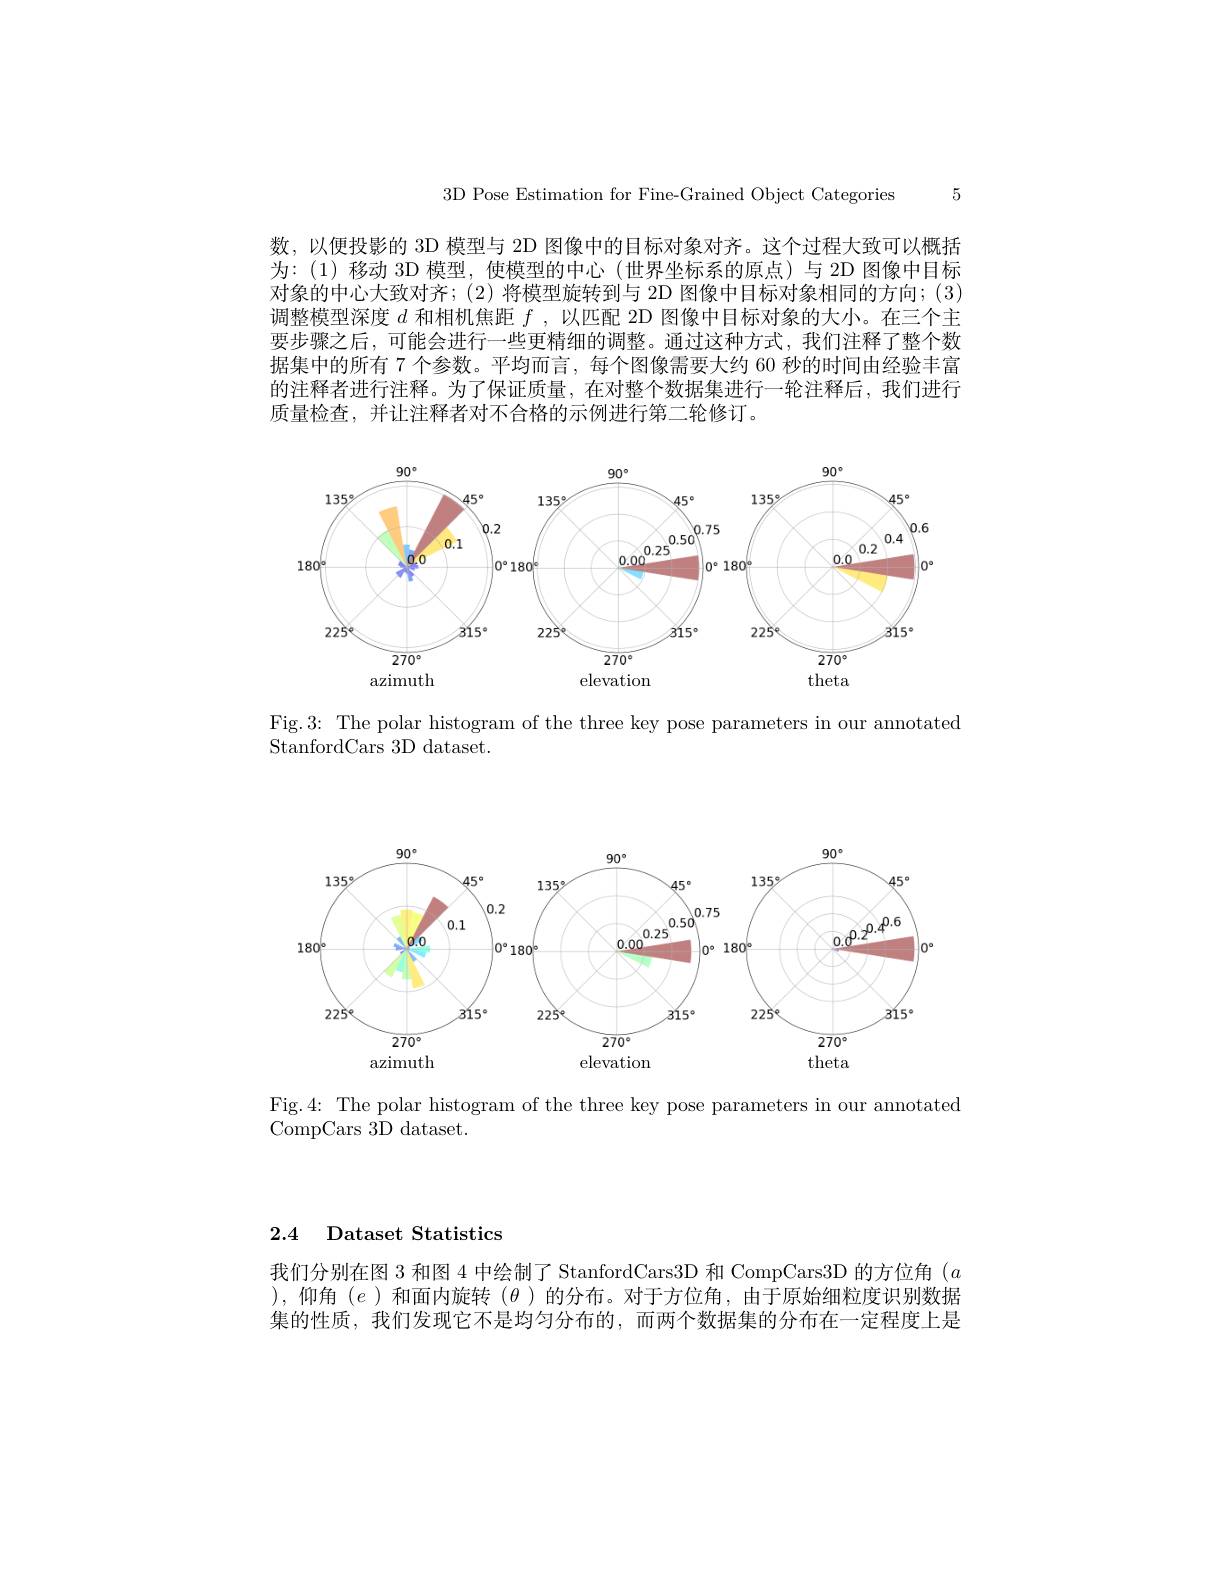
3D Pose Estimation for Fine-Grained Object Categories 5

数，以便投影的 3D 模型与 2D 图像中的目标对象对齐。这个过程大致可以概括为：(1)移动 3D 模型，使模型的中心(世界坐标系的原点)与 2D 图像中目标对象的中心大致对齐；(2)将模型旋转到与 2D 图像中目标对象相同的方向；(3) 调整模型深度$d$和相机焦距$f$ ,以匹配 2D 图像中目标对象的大小。在三个主要步骤之后，可能会进行一些更精细的调整。通过这种方式，我们注释了整个数据集中的所有 7 个参数。平均而言，每个图像需要大约 60 秒的时间由经验丰富的注释者进行注释。为了保证质量，在对整个数据集进行一轮注释后，我们进行质量检查，并让注释者对不合格的示例进行第二轮修订。

<FigureHere>

Fig.3: The polar histogram of the three key pose parameters in our annotated
StanfordCars 3D dataset.

<FigureHere>

Fig.4: The polar histogram of the three key pose parameters in our annotated
CompCars 3D dataset.

2.4 Dataset Statistics

我们分别在图 3 和图 4 中绘制了 StanfordCars3D 和 CompCars3D 的方位角$(a$ ),仰角(e)和面内旋转($\theta)的分布。对于方位角，由于原始细粒度识别数据$ 集的性质，我们发现它不是均匀分布的，而两个数据集的分布在一定程度上是